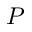
P